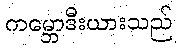
ကမ္ဘောဒီးယားသည်